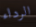
الرداء